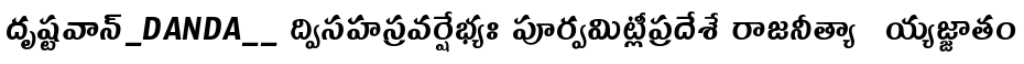
దృష్టవాన్_DANDA__ ద్విసహస్రవర్షేభ్యః పూర్వమిట్లీప్రదేశే రాజనీత్యాఀయ్యజ్జాతం